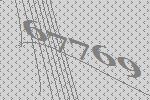
67769